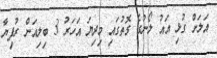
އަލަށް ގުޅި އައު ލޯނުގެ ގޮތުގައި މިދިޔަ އަހަރު 3 ބިލިއަން ރުފިޔާ